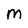
Character: M